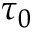
\tau _ { 0 }